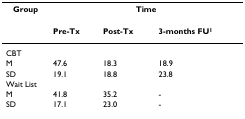
<table><thead><tr><td><b>Group</b></td><td colspan="3"><b>Time</b></td></tr></thead><tbody><tr><td></td><td><b>Pre-Tx</b></td><td><b>Post-Tx</b></td><td><b>3-months FU</b><sup><b>1</b></sup></td></tr><tr><td colspan="4">CBT</td></tr><tr><td>M</td><td>47.6</td><td>18.3</td><td>18.9</td></tr><tr><td>SD</td><td>19.1</td><td>18.8</td><td>23.8</td></tr><tr><td colspan="4">Wait List</td></tr><tr><td>M</td><td>41.8</td><td>35.2</td><td>-</td></tr><tr><td>SD</td><td>17.1</td><td>23.0</td><td>-</td></tr></tbody></table>